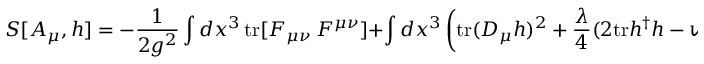
S [ A _ { \mu } , h ] = - \frac { 1 } { 2 g ^ { 2 } } \int d x ^ { 3 } \, \mathrm { t r } [ F _ { \mu \nu } \, F ^ { \mu \nu } ] + \int d x ^ { 3 } \left( \mathrm { t r } ( D _ { \mu } h ) ^ { 2 } + \frac { \lambda } { 4 } ( 2 \mathrm { t r } h ^ { \dagger } h - v ^ { 2 } ) ^ { 2 } \right) \, \, \, ,